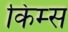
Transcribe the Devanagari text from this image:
किम्स